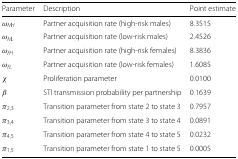
| Parameter | Description | Point estimate |
 | --- | --- | --- |
 | ωMH | Partner acquisition rate (high-risk males) | 8.3515 |
 | ωML | Partner acquisition rate (low-risk males) | 2.4526 |
 | ωFH | Partner acquisition rate (high-risk females) | 8.3836 |
 | ωFL | Partner acquisition rate (low-risk females) | 1.6085 |
 | χ | Proliferation parameter | 0.0100 |
 | β | STI transmission probability per partnership | 0.1639 |
 | π2,3 | Transition parameter from state 2 to state 3 | 0.7957 |
 | π3,4 | Transition parameter from state 3 to state 4 | 0.0891 |
 | π4,5 | Transition parameter from state 4 to state 5 | 0.0232 |
 | π1,5 | Transition parameter from state 1 to state 5 | 0.0005 |